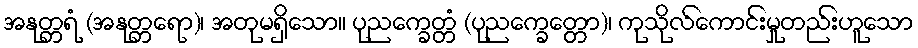
အနုတ္တရံ (အနုတ္တရော)၊ အတုမရှိသော။ ပုညက္ခေတ္တံ (ပုညက္ခေတ္တော)၊ ကုသိုလ်ကောင်းမှုတည်းဟူသော